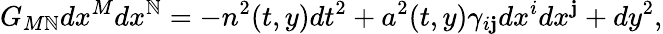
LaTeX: G_{M\mathbb{N}}dx^{M}dx^{\mathbb{N}}=-n^{2}(t,y)dt^{2}+a^{2}(t,y)\gamma_{i\mathbf{j}}dx^{i}dx^{\mathbf{j}}+dy^{2},